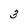
Character: 3